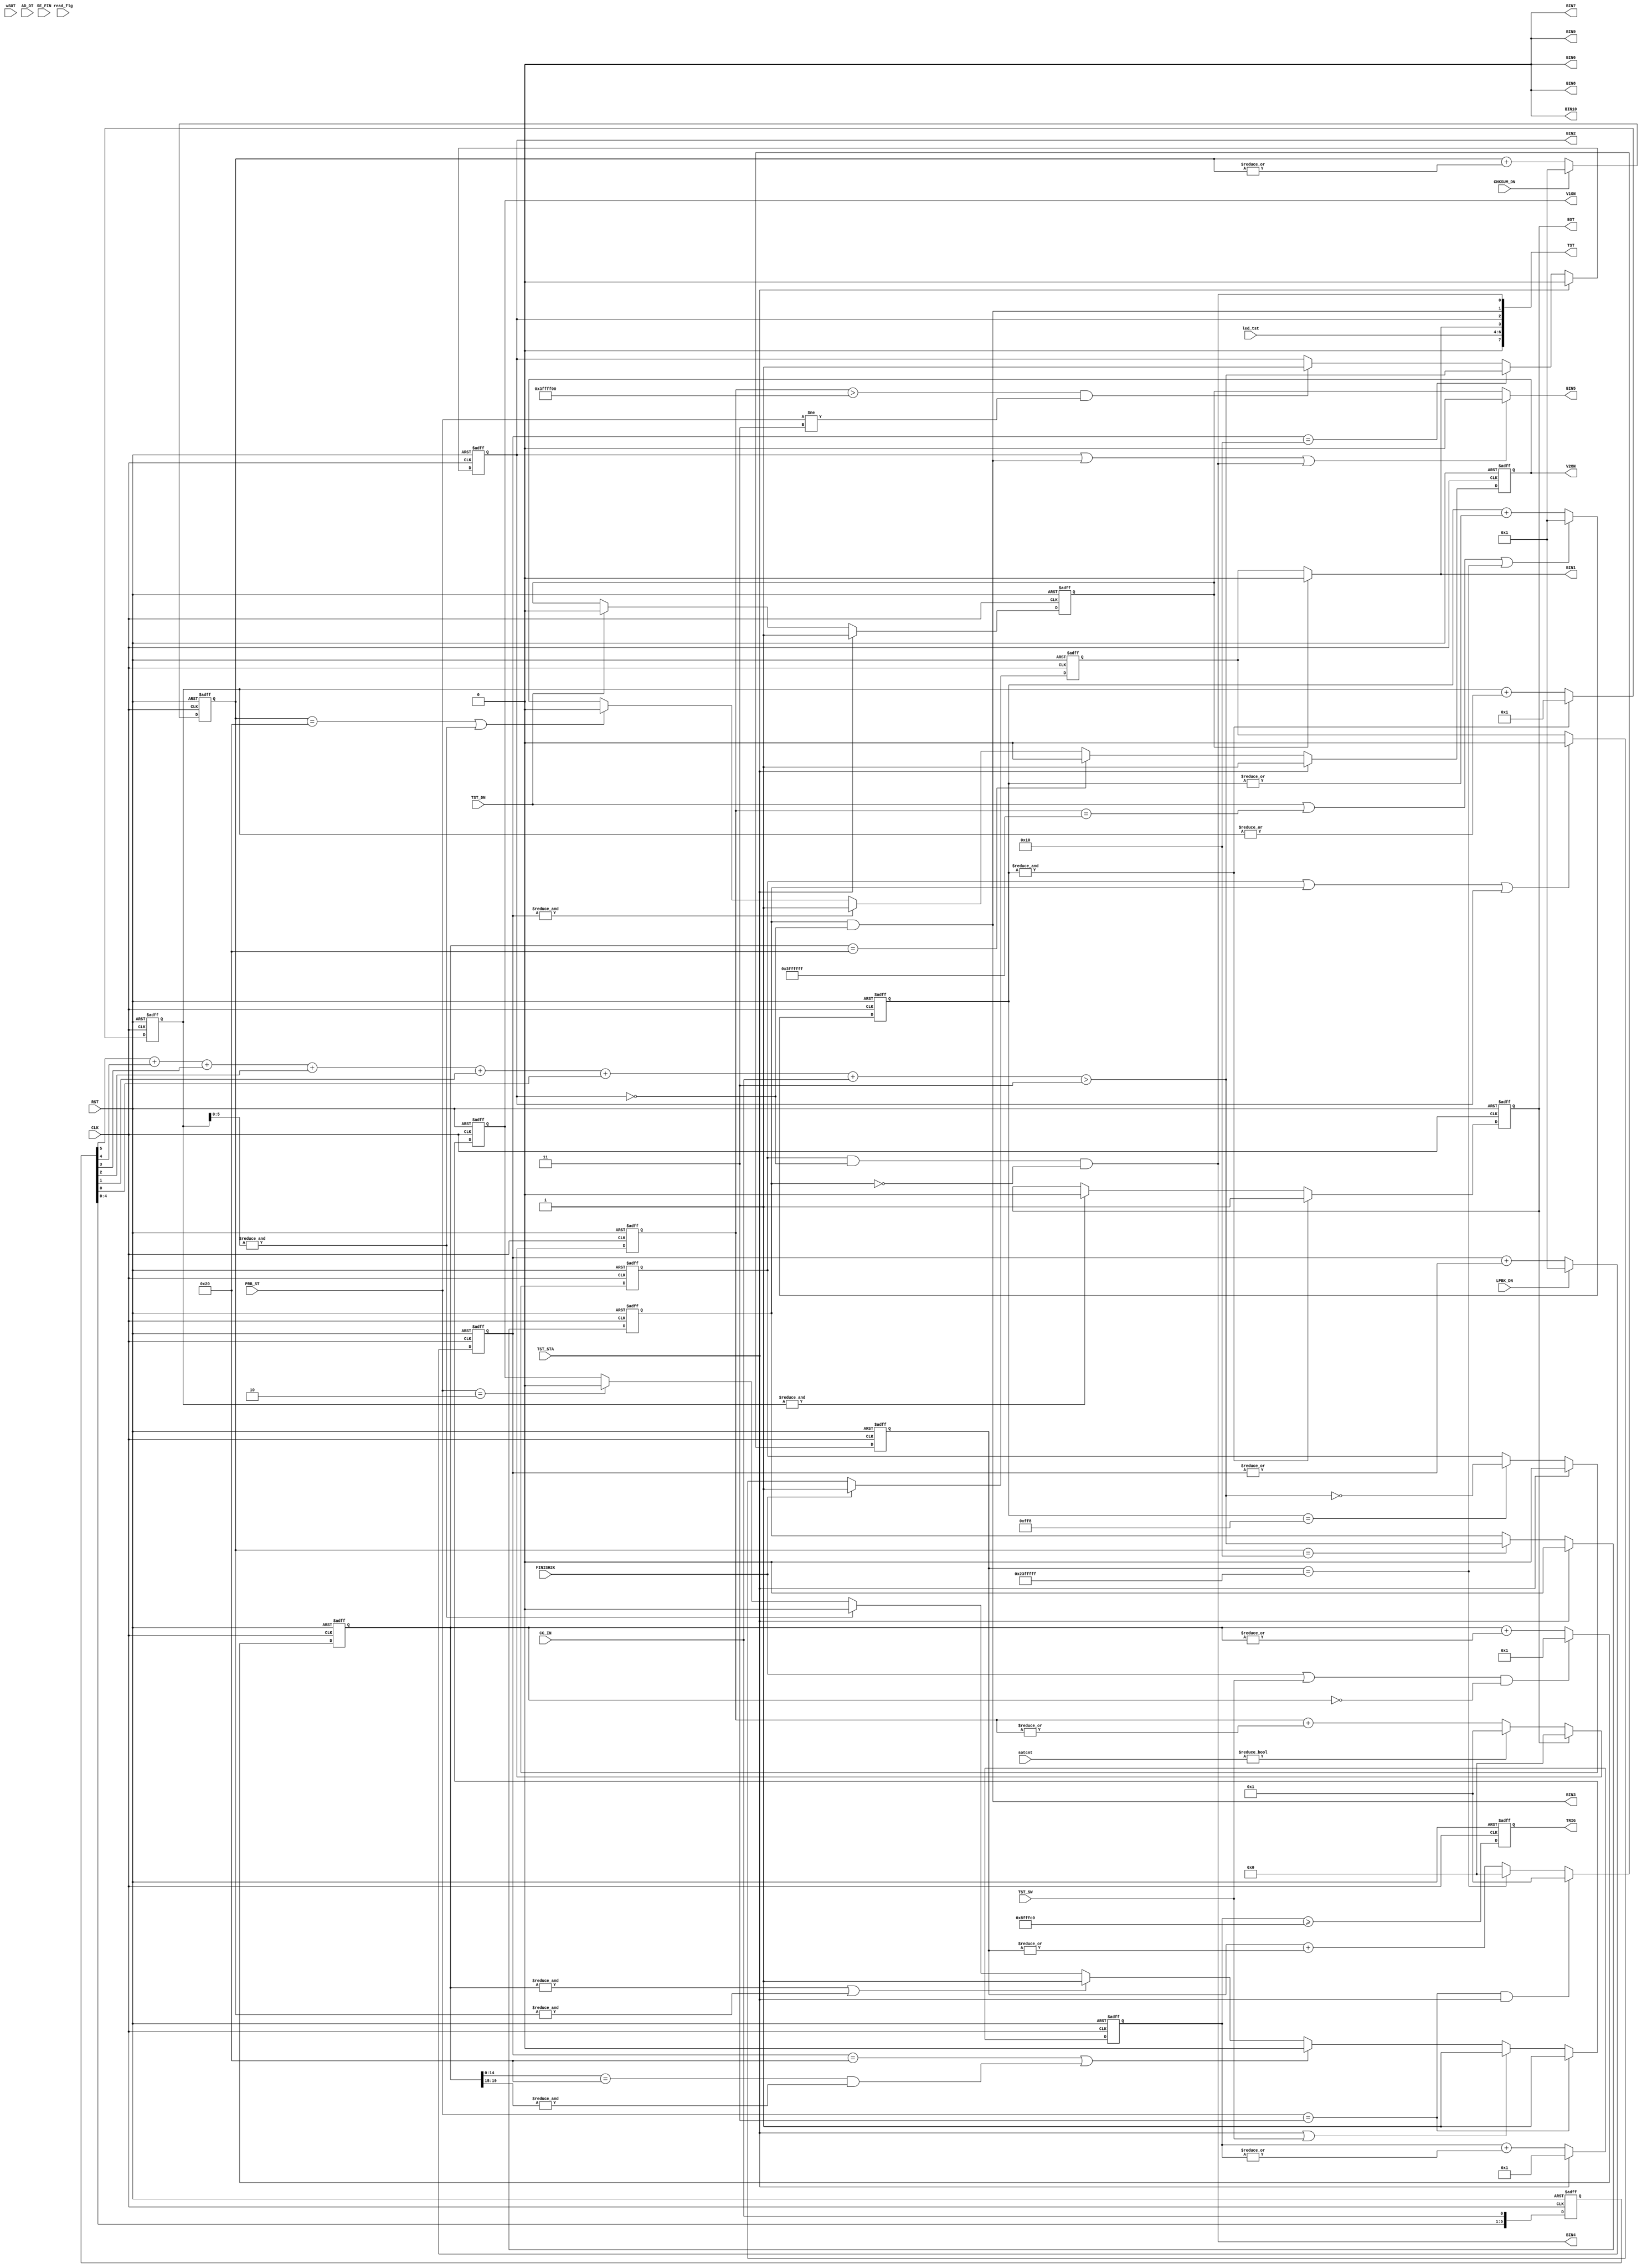
module intf_st(
				input wire CLK,
				input wire RST,
				
				input wire TST_STA,
				input wire read_flg,//20160818 read back judge
				input wire wSOT,    //20160823 clr EOT when SOT come
				//input wire CHIP_1ST,
				
				output reg TRIG,
				
				input wire [2:0] PRB_ST,
				
				input wire TST_DN,
				
				//output reg VON,
				input wire LPBK_DN,
				
				input wire CHKSUM_DN,
				
				input wire FINISH2K,
				input wire SE_FIN,
				
				input wire [13:0] AD_DT,
				
				input wire CC_IN,
				
				input [2:0] led_tst,
				
				input wire TST_SW,
				
				input wire [20:0] sotcnt,//20160810,add EOT signal when test failed
			
				output reg EOT,
				output reg V1ON,
				output reg V2ON,
				
				output wire BIN1,
				output wire BIN2,
				output wire BIN3,
				output wire BIN4,
				output wire BIN5,
				output wire BIN6,
				output wire BIN7,
				output wire BIN8,
				output wire BIN9,				
				output wire BIN10,
				
				output wire [7:0] TST

		);
//reg [9:0] cnt;//100us
reg [18:0] cnt;//20161102 51.2ms
//reg [4:0] cnt2;
reg [23:0] cnt2;

reg [14:0] cntx, cnty, cntz; //3.2ms

reg [19:0] cnta;
reg [24:0] cnt_SEFIN;//20160902 3200ms after TST_STA,send EOT when communicate fail
reg [25:0] cnt_rd_flg;//20161010 3600ms read_flg change,cnt_rd_flg==26'h23FFFFF
reg [21:0] cnt_bin_after_EOT;//20161018 409.6ms
reg BIN3_read;//20161010 judge for BIN3 read statement,if read fail BIN3_read==1
reg [5:0] d_ccin;

reg pass, f_lpbk, f_chksum, f_lvl;

////Yiwei Wang, change 11/3/2016
reg f_timeout;

reg [25:0] cnt_6s;//20160810,add EOT signal when test failed, 26bit, wait for 6.7s

assign BIN1=f_timeout ? 1'b0 : pass;//if timeout=1 then bin1=1
//assign BIN1=pass;
assign BIN2=f_lpbk;
assign BIN3=f_chksum&!f_lpbk;
//assign BIN3=(f_chksum&!f_lpbk) | (PRB_ST == 3 && !pass);//20160818 read back judge(BIN3 always high)
//assign BIN3=(f_chksum&!f_lpbk) | BIN3_read;//20161010 read back judge
assign BIN4=f_lvl&(!f_lpbk)&!f_chksum;
//assign BIN4=read_flg;//20101017 signal test

assign BIN5=    //if any of BIN2,BIN3,BIN4 =1,BIN5=0; else bin5=f_timeout
       (f_lpbk | (f_chksum&!f_lpbk) | (f_lvl&(!f_lpbk)&!f_chksum)) ? 1'b0 : f_timeout;
//assign BIN5=f_timeout;//0; 

assign BIN6=0;
assign BIN7=0;
assign BIN8=0;
assign BIN9=0;
assign BIN10=0;

wire [14:0] wtmp=15'h2000+{1'b0,AD_DT[13:0]};
wire [14:0] wtmp2=(AD_DT==14'h2000)? 15'h7fff:(15'h1+~wtmp);

wire high=wtmp2[14:7]>8'h90;//8'hd4;

wire [2:0] sum_cc=d_ccin[5]+d_ccin[4]+d_ccin[3]+d_ccin[2]+d_ccin[1]+d_ccin[0]+CC_IN;
wire wCC_IN=sum_cc>3;

assign TST={led_tst,BIN1, BIN2, BIN3, BIN4};//wtmp2[14:7];
/*
always @ (posedge CLK or posedge RST)
  if (RST)
    VON <= #1 0;
  else if (PRB_ST==3)	
    VON <= #1 1;  
  else if (!TST_STA)
    VON <= #1 1;
  else if (TST_DN)
    VON <= #1 0;
  else
    VON <= #1 VON; 
	 */  
	 
	 
always @ (posedge CLK or posedge RST)
  if (RST)	
    d_ccin <= #1 0;
  else
    d_ccin <= #1 {d_ccin,CC_IN};  
	 
always @ (posedge CLK or posedge RST)
  if (RST)
    cnta <= #1 0;
  else if ((FINISH2K|TST_SW) && (cnta==0))
    cnta <= #1 1;
  else
    cnta <= #1 cnta + |cnta;	 
	 
always @ (posedge CLK or posedge RST)
  if (RST)
    cntx <= #1 0;
  else if (LPBK_DN)
    cntx <= #1 1;
  else
    cntx <= #1 cntx + |cntx;
	 
always @ (posedge CLK or posedge RST)
  if (RST)
    cnty <= #1 0;
  else if (CHKSUM_DN)
    cnty <= #1 1;
  else
    cnty <= #1 cnty + |cnty;
	 
always @ (posedge CLK or posedge RST)
  if (RST)
    cntz <= #1 0;
  else if (TST_DN || cnt_6s == 26'h3FF_FFFF //20160810,add EOT signal when test failed, wait for 6.7s
                  //|| &cnt_SEFIN				  //20160902 3200ms after TST_STA,send EOT when communicate fail
						|| cnt_rd_flg == 26'h23FFFFF)//20161010,after 3600ms,get read pass data  					)      
    cntz <= #1 1;
  else
    cntz <= #1 cntz + |cntz;

//20160902 3200ms after TST_STA,send EOT when communicate fail
reg SE_FIN_r;
always @ (posedge CLK or posedge RST)
  if (RST)
    SE_FIN_r <= #1 0;
  else
    SE_FIN_r <= #1 SE_FIN;

always @ (posedge CLK or posedge RST)
  if (RST)
    cnt_SEFIN <= #1 0;
  else if (PRB_ST == 4 && TST_STA)//20161010 only trig on PRB_ST == 4 
    cnt_SEFIN <= #1 1;
  else if(SE_FIN && !SE_FIN_r)  //high pulse,sucsess
    cnt_SEFIN <= #1 0;
  else
    cnt_SEFIN <= #1 cnt_SEFIN + |cnt_SEFIN; 	 
	 
//--
	 
//20161010 3600ms read_flg change,cnt_rd_flg==26'h23FFFFF 
always @ (posedge CLK or posedge RST)
  if (RST)
    cnt_rd_flg <= #1 0;
  else if (PRB_ST == 3 && TST_STA)
    cnt_rd_flg <= #1 1;
  else if(cnt_rd_flg == 26'h23FFFFF)  //read_flg change
    cnt_rd_flg <= #1 0;
  else
    cnt_rd_flg <= #1 cnt_rd_flg + |cnt_rd_flg; 
//--	 

//20161010  judge for BIN3 read statement,if read fail BIN3_read==1
always @ (posedge CLK or posedge RST)
  if (RST)
    BIN3_read <= #1 0;
  else if(&cnt)
    BIN3_read <= #1 0;
  else if(cnt_rd_flg == 26'h23F_FFFF && PRB_ST == 3 && !pass)
    BIN3_read <= #1 1;
  else
    BIN3_read <= #1 BIN3_read;
//--


//20161018  
always @ (posedge CLK or posedge RST)
  if (RST)
    cnt_bin_after_EOT <= #1 0;
  else if(&cnt)
    cnt_bin_after_EOT <= #1 1;
  else
    cnt_bin_after_EOT <= #1 cnt_bin_after_EOT + |cnt_bin_after_EOT;
//--


always @ (posedge CLK or posedge RST)
  if (RST)
    V1ON <= #1 0;
  else if (PRB_ST==3)	
    V1ON <= #1 1;  
  else if (TST_STA|TST_SW)
    V1ON <= #1 1;
  else if (cntx==32||(cnta[14:0]==32&&(&cnta[19:15])))//(cntx==32)//(&cntx)
    V1ON <= #1 0;
  else if ((&cnta)||(&cnty))//(&cnty)//(CHKSUM_DN)
    V1ON <= #1 1;
  else if (&cnt[5:0])//(&cntz)
    V1ON <= #1 0;
  else if (PRB_ST==2)
     V1ON <= #1 0; 
  else
    V1ON <= #1 V1ON;

always @ (posedge CLK or posedge RST)
  if (RST)
    V2ON <= #1 0;
//  else if (PRB_ST==3)	
//    V1ON <= #1 1;  
//  else if (TST_STA)
//    V1ON <= #1 1;
	else if (TST_STA)
    V2ON <= #1 1;
	else if (cnta==32)
	 V2ON <= #1 0;
  else if (&cntx)
    V2ON <= #1 1;
//  else if (CHKSUM_DN)
//    V1ON <= #1 1;
  else if (cnty==32||(&cnt[5:0]))//(&cnt[5:0])//(&cntz)
    V2ON <= #1 0;
  else
    V2ON <= #1 V2ON;

	 

always @ (posedge CLK or posedge RST)
  if (RST)
    cnt2 <= #1 0;
  else if (TST_STA)	
    cnt2 <= #1 1;
  else
    cnt2 <= #1 cnt2+(|cnt2);  

/*
always @ (posedge CLK or posedge RST)
  if (RST)
    TESTER_BSY <= #1 1;
  else if (TST_STA)
    TESTER_BSY <= #1 0;
  else if (TST_DN)
     TESTER_BSY <= #1 1;
  else
    TESTER_BSY <= #1 TESTER_BSY;
	 */
	
//20160810,add EOT signal when test failed, 26bit, wait for 6.7s	
always @ (posedge CLK or posedge RST)
  if (RST) 
	 cnt_6s <= #1 0;
  else if (EOT)
    cnt_6s <= #1 0;
  else if(sotcnt)	 
    cnt_6s <= #1 1;
  else
    cnt_6s <= #1 cnt_6s +(|cnt_6s);
//--

always @ (posedge CLK or posedge RST)
  if (RST)
    cnt <= #1 0;
  else if (&cntz)//(TST_DN) 
    cnt <= #1 1;
  else
    cnt <= #1 cnt +(|cnt);
	

always @ (posedge CLK or posedge RST)
  if (RST)
	EOT <= #1 0;
  else if (&cntz) 
   EOT <= #1 1;
  //20160822 else if (&cnt[17:0]) //use part of the top cnt to clear EOT, change if needed
  else if (&cnt) //origin
	EOT <= #1 0;
  else
	EOT <= #1 EOT;

always @ (posedge CLK or posedge RST)
  if (RST)
	f_lpbk <= #1 0;
  else if (TST_STA)
	f_lpbk <= #1 0;
  else if (cntx==16)//(&cntx)
   f_lpbk <= #1 wCC_IN;//high;
	
//20161206
  else if(cnt_6s > 26'h3FF_FF00 && PRB_ST != 3)//20160810,add EOT signal when test failed.Incase bin2 enable
          ////&cnt_SEFIN | 
   f_lpbk <= #1 1;
	
  //else if(&cnt) //2016 0822clear after ~0.1ms of EOT go low, duration based on EOT part
  //else if(&cnt_bin_after_EOT)//20161018 time test
   //f_lpbk <= #1 0;
  else
   f_lpbk <= #1 f_lpbk;
	
always @ (posedge CLK or posedge RST)
  if (RST)
	f_chksum <= #1 0;
  else if (TST_STA)
	f_chksum <= #1 0;
  else if (cnty==16)
   f_chksum <= #1 wCC_IN;//high;
  //else if(&cnt_bin_after_EOT)//20161018 time test
   //f_chksum <= #1 0;	
  else
   f_chksum <= #1 f_chksum;
	
	
 always @ (posedge CLK or posedge RST)
  if (RST)  
   f_lvl <= #1 0;
  else if (TST_STA)	
   f_lvl <= #1 0;
  else if (cntz==12'hff8)
   f_lvl <= #1 !wCC_IN;//!high;
  //else if(&cnt_bin_after_EOT)//20161018 time test
   //f_lvl <= #1 0;		
  else
   f_lvl <= #1 f_lvl;  


///Yiwei Wang change 11/3/2016
always @ (posedge CLK or posedge RST)
  if (RST)  
   pass <= #1 	0;
	//change the line below 
  else if (FINISH2K)//(TST_STA)	//(cntz==12'hfff && !(f_lvl | f_chksum | f_lpbk | (PRB_ST == 3 && !read_flg)))//20160914 when it real pass,high
   pass <= #1 1;
  //else if (f_lvl | f_chksum |f_lpbk) //orig
  //else if (f_lvl | f_chksum | f_lpbk | (PRB_ST == 3 && read_flg)) //20160818 read back judge
  //change the line below 
  else if (f_lvl | f_chksum | f_lpbk)
 // else if (f_lvl | f_chksum | f_lpbk | //&cnt_SEFIN //20161018 when &cnt_SEFIN,fail
 //        |(cnt_rd_flg==26'h23FFFFF && PRB_ST == 3 && read_flg)) //20161010 read back judge
   pass <= #1 0;
  //else if(&cnt) //2016 0822clear after ~0.1ms of EOT go low, duration based on EOT part
  //else if(&cnt_bin_after_EOT)//20161018 time test
   //pass <= #1 0;
  else
   pass <= #1 pass; 
	
always @ (posedge CLK or posedge RST)
  if (RST) 
    f_timeout <= #1 0;
  else if (TST_STA)	 
    f_timeout <= #1 1;
  else if (TST_DN)	 
   f_timeout <= #1 0;
  else	
   f_timeout <= #1 f_timeout;	
	
/*	
always @ (posedge CLK or posedge RST)
  if (RST)  
   pass <= #1 	0;
  else if (TST_STA)	//(cntz==12'hfff && !(f_lvl | f_chksum | f_lpbk | (PRB_ST == 3 && !read_flg)))//20160914 when it real pass,high
   pass <= #1 1;
  //else if (f_lvl | f_chksum |f_lpbk) //orig
  //else if (f_lvl | f_chksum | f_lpbk | (PRB_ST == 3 && read_flg)) //20160818 read back judge
  else if (f_lvl | f_chksum | f_lpbk | //&cnt_SEFIN //20161018 when &cnt_SEFIN,fail
         |(cnt_rd_flg==26'h23FFFFF && PRB_ST == 3 && read_flg)) //20161010 read back judge
   pass <= #1 0;
  //else if(&cnt) //2016 0822clear after ~0.1ms of EOT go low, duration based on EOT part
  //else if(&cnt_bin_after_EOT)//20161018 time test
   //pass <= #1 0;
  else
   pass <= #1 pass;  
	*/
////////end change 11/3/2016

/*
always @ (posedge CLK or posedge RST)
  if (RST)
	TESTER_CMPLT <= #1 1;
  else if (TST_DN)
   TESTER_CMPLT <= #1 0;
  else if (&cnt)
   TESTER_CMPLT <= #1 1;
  else
   TESTER_CMPLT <= #1 TESTER_CMPLT;  
	


always @ (posedge CLK or posedge RST)
  if (RST)
	TESTER_STOP <= #1 0;
  else 
   TESTER_STOP <= #1 PRB_ST==4;  
	*/
	 
always @ (posedge CLK or posedge RST)
  if (RST)
    TRIG <= #1 0;
  else 
    TRIG <= #1 cnt2>=24'h1_8f_ff_c0;//cnt2>=2;//&cnt2;//!TST_STA;  
	 
		
endmodule